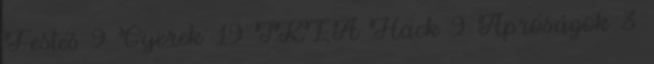
Festés 9 Gyerek 19 IKEA Hack 9 Apróságok 3